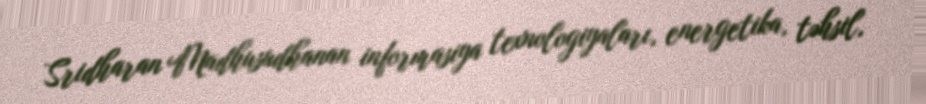
Sridharan Madhusudhanan informasiya texnologiyaları, energetika, təhsil,